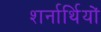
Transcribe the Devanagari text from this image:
शर्नार्थियों